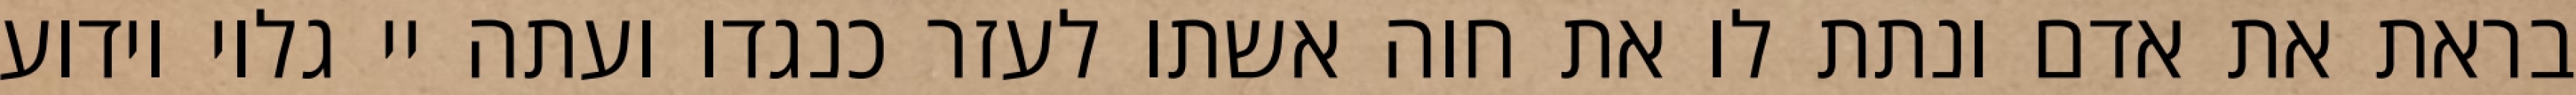
בראת את אדם ונתת לו את חוה אשתו לעזר כנגדו ועתה יי גלוי וידוע